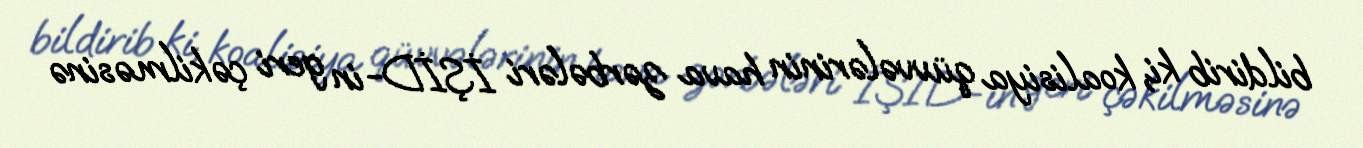
bildirib ki, koalisiya qüvvələrinin hava zərbələri İŞİD-in geri çəkilməsinə